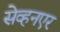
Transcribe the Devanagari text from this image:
सेव्हनएर